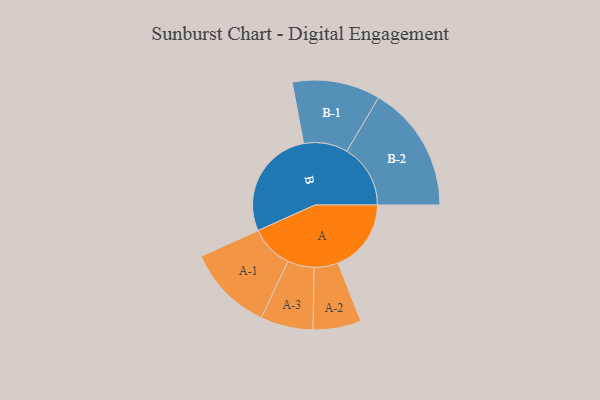
{"axis": {"x": "Segment", "y": "Value"}, "legend": ["", "A", "B"], "data": [{"x": "A", "y": 326, "type": ""}, {"x": "B", "y": 494, "type": ""}, {"x": "A-1", "y": 192, "type": "A"}, {"x": "A-2", "y": 107, "type": "A"}, {"x": "A-3", "y": 117, "type": "A"}, {"x": "B-1", "y": 196, "type": "B"}, {"x": "B-2", "y": 283, "type": "B"}]}